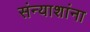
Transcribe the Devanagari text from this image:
संन्याशांना